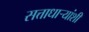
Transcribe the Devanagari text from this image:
सत्ताधाऱ्यांशी